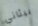
بيثاني